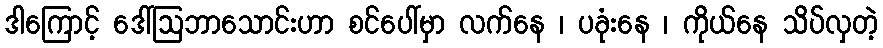
ဒါကြောင့် ဒေါ်ဩဘာသောင်းဟာ စင်ပေါ်မှာ လက်နေ ၊ ပခုံးနေ ၊ ကိုယ်နေ သိပ်လှတဲ့